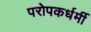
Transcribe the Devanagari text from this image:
परोपकर्धर्मी